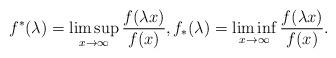
LaTeX: \begin{align*}f^*(\lambda) = \limsup_{x \to \infty} \frac{f(\lambda x)}{f(x)}, f_*(\lambda) = \liminf_{x \to \infty} \frac{f(\lambda x)}{f(x)}.\end{align*}